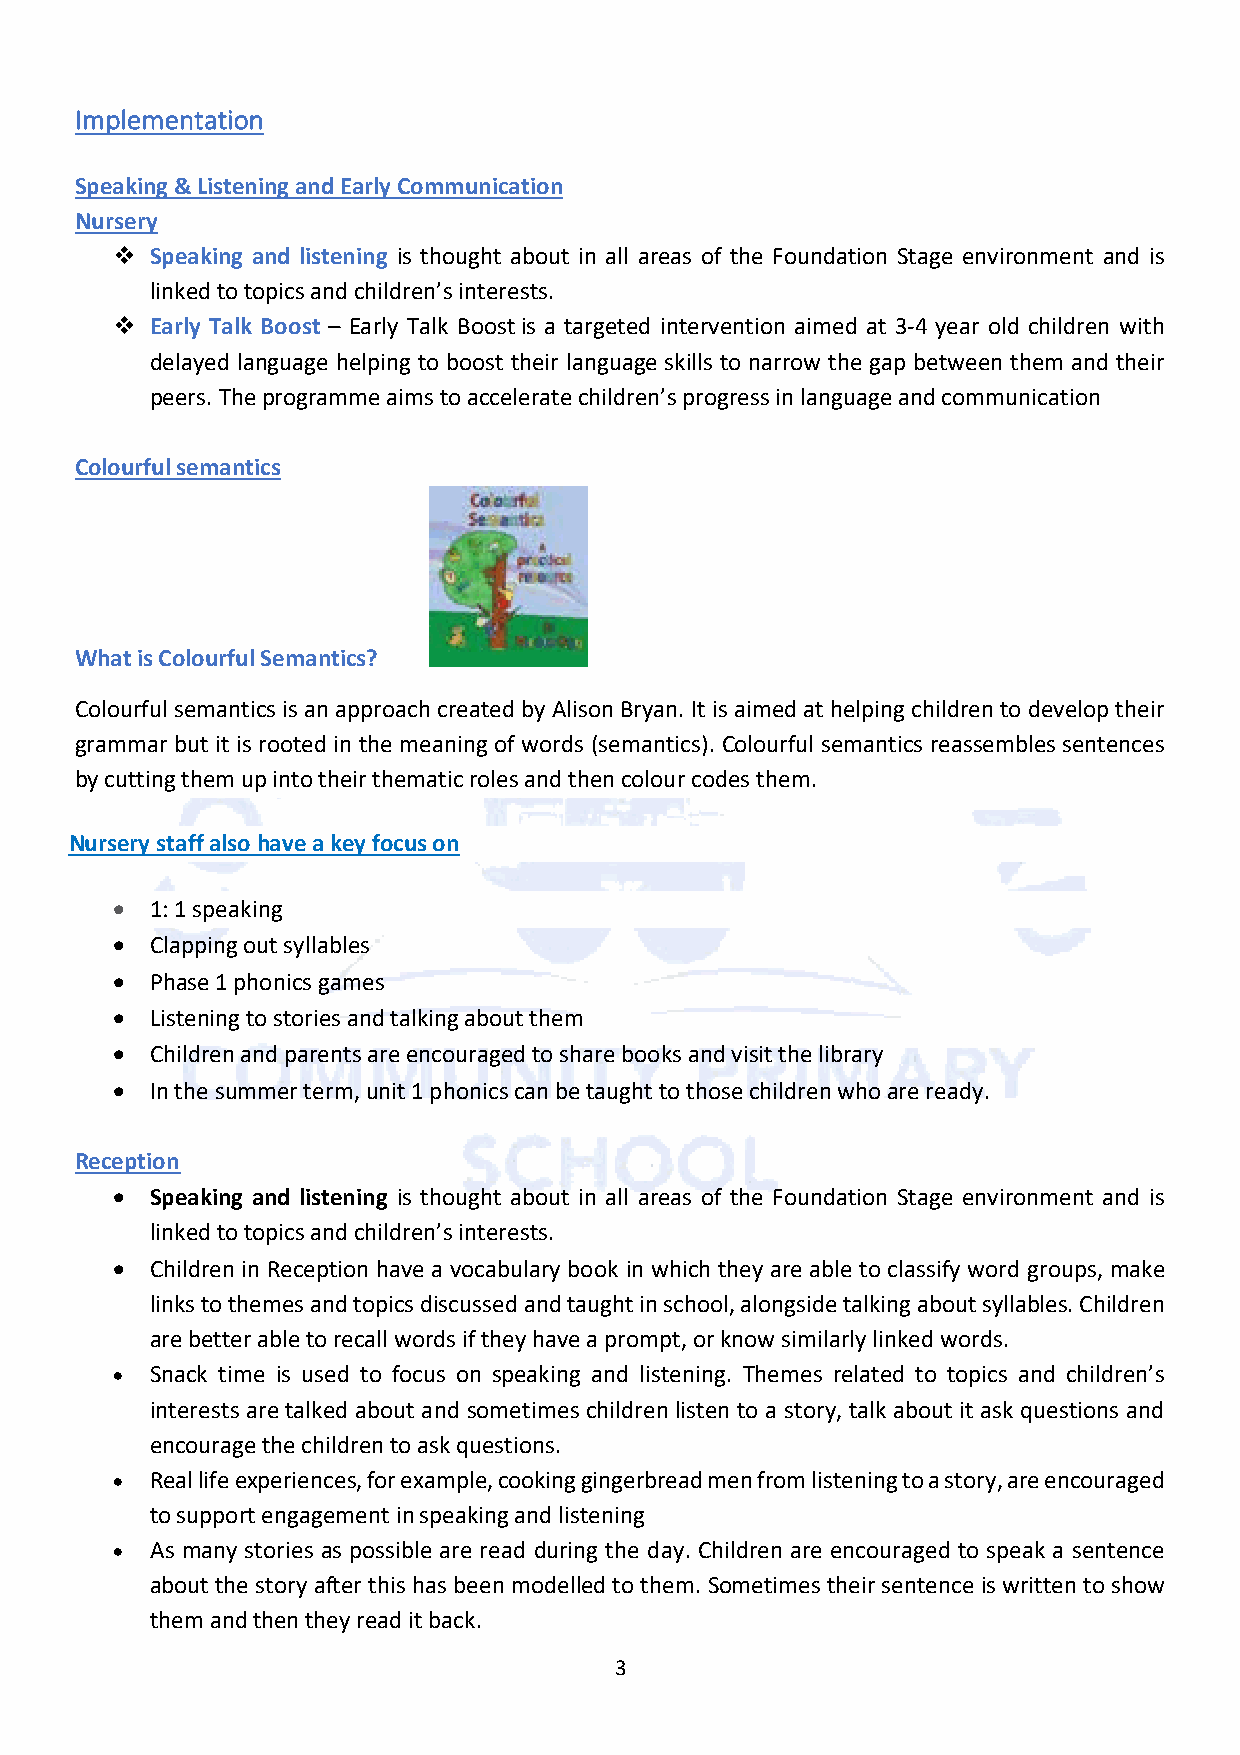
Implementation
 Speaking & Listening and Early Communication
 Nursery
 v  Speaking and listening is thought about in all areas of the Foundation Stage environment and is
 linked to topics and children’s interests.
 v  Early Talk Boost – Early Talk Boost is a targeted intervention aimed at 3-4 year old children with
 delayed language helping to boost their language skills to narrow the gap between them and their
 peers. The programme aims to accelerate children’s progress in language and communication
 Colourful semantics
 What is Colourful Semantics?
 Colourful semantics is an approach created by Alison Bryan. It is aimed at helping children to develop their
 grammar but it is rooted in the meaning of words (semantics). Colourful semantics reassembles sentences
 by cutting them up into their thematic roles and then colour codes them.
 Nursery staff also have a key focus on
 •  1: 1 speaking
 •  Clapping out syllables
 •  Phase 1 phonics games
 •  Listening to stories and talking about them
 •  Children and parents are encouraged to share books and visit the library
 •  In the summer term, unit 1 phonics can be taught to those children who are ready.
 Reception
 •  Speaking and listening is thought about in all areas of the Foundation Stage environment and is
 linked to topics and children’s interests.
 •  Children in Reception have a vocabulary book in which they are able to classify word groups, make
 links to themes and topics discussed and taught in school, alongside talking about syllables. Children
 are better able to recall words if they have a prompt, or know similarly linked words.
 •  Snack time is used to focus on speaking and listening. Themes related to topics and children’s
 interests are talked about and sometimes children listen to a story, talk about it ask questions and
 encourage the children to ask questions.
 •  Real life experiences, for example, cooking gingerbread men from listening to a story, are encouraged
 to support engagement in speaking and listening
 •  As many stories as possible are read during the day. Children are encouraged to speak a sentence
 about the story after this has been modelled to them. Sometimes their sentence is written to show
 them and then they read it back.
 3